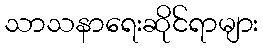
သာသနာရေးဆိုင်ရာများ